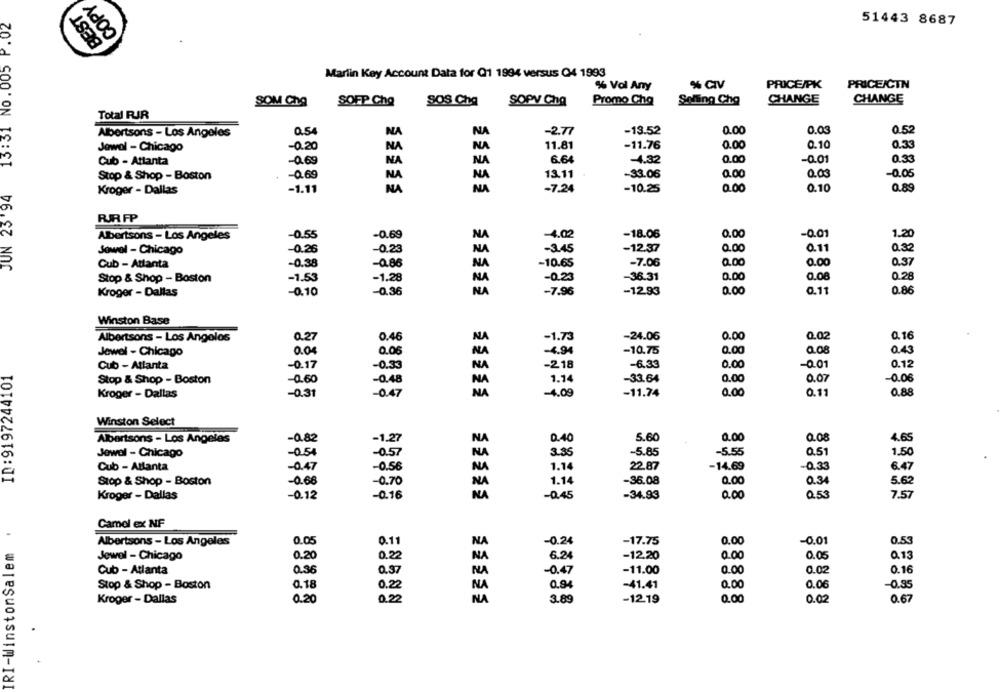
COPY
BEST
JUN 23'94 13:31 No.005 P.02
51443 8687
Martin Key Account Data for Q1 1994 versus Q4 1993
% Vol Any
% CIV
PRICE/PK
PRICE/CTN
SOM CLO
SOFP Cha
SOS Cha
SOPV Cha
Promo Cha
Selling Cha
CHANGE
CHANGE
Total RJR
0.54
NA
-2.77
-13.52
0.00
0.03
0.52
Albertsons - Los Angeles
NA
11.81
-11.76
0.00
0.10
0.33
Jewel - Chicago
-0.20
NA
NA
6.64
0.00
-0.01
0.33
Cub - Atlanta
-0.69
NA
NA
-4.32
0.00
Stop & Shop - Boston
-0.69
NA
NA
13.11
-33.06
0.03
-0.05
Kroger - Dallas
-1.11
NA
-7.24
-10.25
0.00
0.10
0.89
RRFP
-0.55
-0.69
NA
-4.02
-18.06
0.00
-0.01
1.20
Albertsons - Los Angeles
-0.26
-3.45
-12.37
0.00
0.11
Jowel - Chicago
-0.23
NA
Cub - Attanta
-0.38
-10.65
-7.06
0.00
0.00
0.37
-0.86
NA
-1.53
-36.31
0.00
0.08
0.28
Stop & Shop - Boston
-1.28
NA
-0.23
-0.36
-7.96
-12.93
0.00
0.11
0.86
Kroger - Dallas
-0.10
NA
Winston Base
Albertsons - Los Angeles
0.27
0.46
NA
-1.73
-24.06
0.00
0.02
0.16
Jewel - Chicago
0.04
0.06
NA
-4.94
-10.75
0.00
0.08
0.43
Cub - Atlanta
-0.17
-0.33
NA
-218
-6.33
0.00
-0.01
0.12
ID:9197244101
Stop & Shop - Boston
-0.60
-0.48
NA
1.14
-33.64
0.00
0.07
-0.06
Kroger - Dallas
-0.31
-0.47
NA
-4.09
-11.74
0.00
0.11
0.88
Winston Select
Albertsons - Los Angeles
-0.82
-1.27
NA
0.40
5.60
0.00
0.08
4.65
Jewel - Chicago
-0.54
-0.57
NA
3.35
-5.85
-5.55
0.51
1.50
Cub - Atlanta
-0.47
-0.56
NA
1.14
22.87
-14.69
-0.33
6.47
Stop & Shop - Boston
-0.66
-0.70
NA
1.14
-36.08
0.00
0.34
5.62
Kroger - Dallas
-0.12
-0.16
NA
-0.45
-34.93
0.00
0.53
7.57
IRI-WinstonSalem .
Camel ex NF
0.05
-17.75
0.53
Albertsons - Los Angeles
0.11
NA
-0.24
0.00
-0.01
Q.13
Jewel - Chicago
0.20
0.22
NA
6.24
-12.20
0.00
0.05
Cub - Atlanta
0.36
0.37
NA
-0.47
-11.00
0.00
0.02
0.16
Stop & Shop - Boston
0.18
0.22
NA
0.94
-41.41
0.00
0.06
-0.35
Kroger - Dallas
0.20
0.22
NA
3.89
-12.19
0.00
0.02
0.67